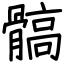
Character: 髇